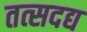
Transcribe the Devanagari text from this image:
तत्सदद्य